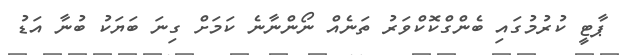
ޕާޓީ ކުރުމުގައި ބެންގްކޮކްވަރު ތަނެއް ނޯންނާނެ ކަމަށް ގިނަ ބަޔަކު ބުނާ އަޑު